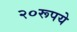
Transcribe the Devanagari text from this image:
२०रूपये